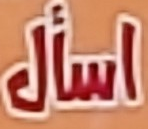
اسأل